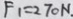
F _ { 1 } = 2 7 0 N .